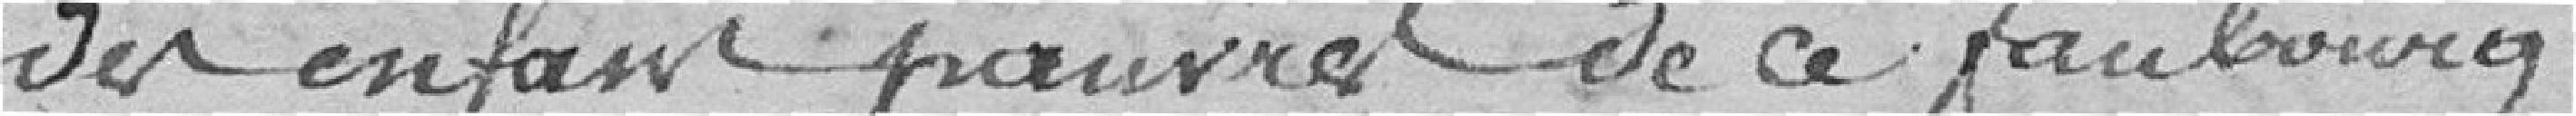
des enfants pauvres de ce faubourg ;